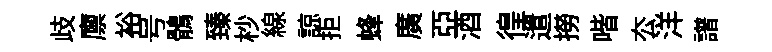
歧廪裕号鶻臻杪線諒拒蜂廣亞酒徨遣撈喈厺洋譜